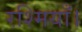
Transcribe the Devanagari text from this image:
रश्मियाँ।